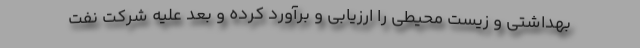
بهداشتی و زیست محیطی را ارزیابی و برآورد کرده و بعد علیه شرکت نفت